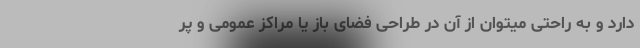
دارد و به راحتی میتوان از آن در طراحی فضای باز یا مراکز عمومی و پر